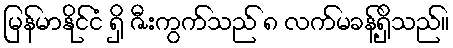
မြန်မာနိုင်ငံ ရှိ ဇီးကွက်သည် ၈ လက်မခန့်ရှိသည်။